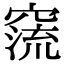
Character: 𥧕